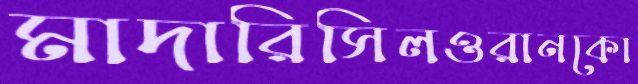
মাদারিসিলওরানকো